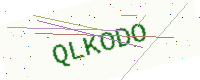
Text: QLKODO